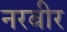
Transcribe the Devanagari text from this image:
नरबीर